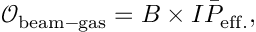
\mathcal { O } _ { \mathrm { b e a m - g a s } } = B \times I \bar { P } _ { \mathrm { e f f . } } ,